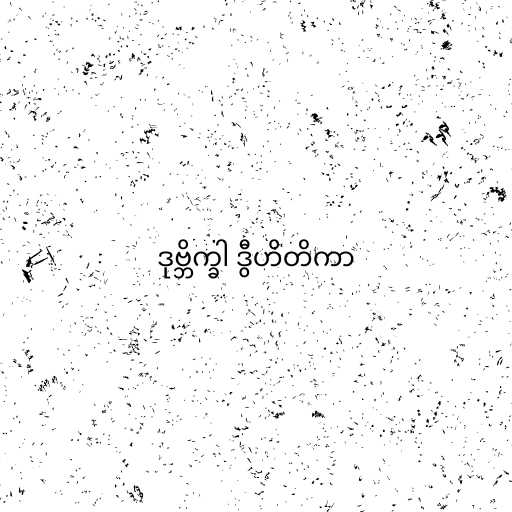
ဒုဗ္ဘိက္ခါ ဒွီဟိတိကာ